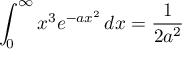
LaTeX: \int _ { 0 } ^ { \infty } { x ^ { 3 } e ^ { - a x ^ { 2 } } \, d x } = { \frac { 1 } { 2 a ^ { 2 } } }